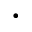
\cdot